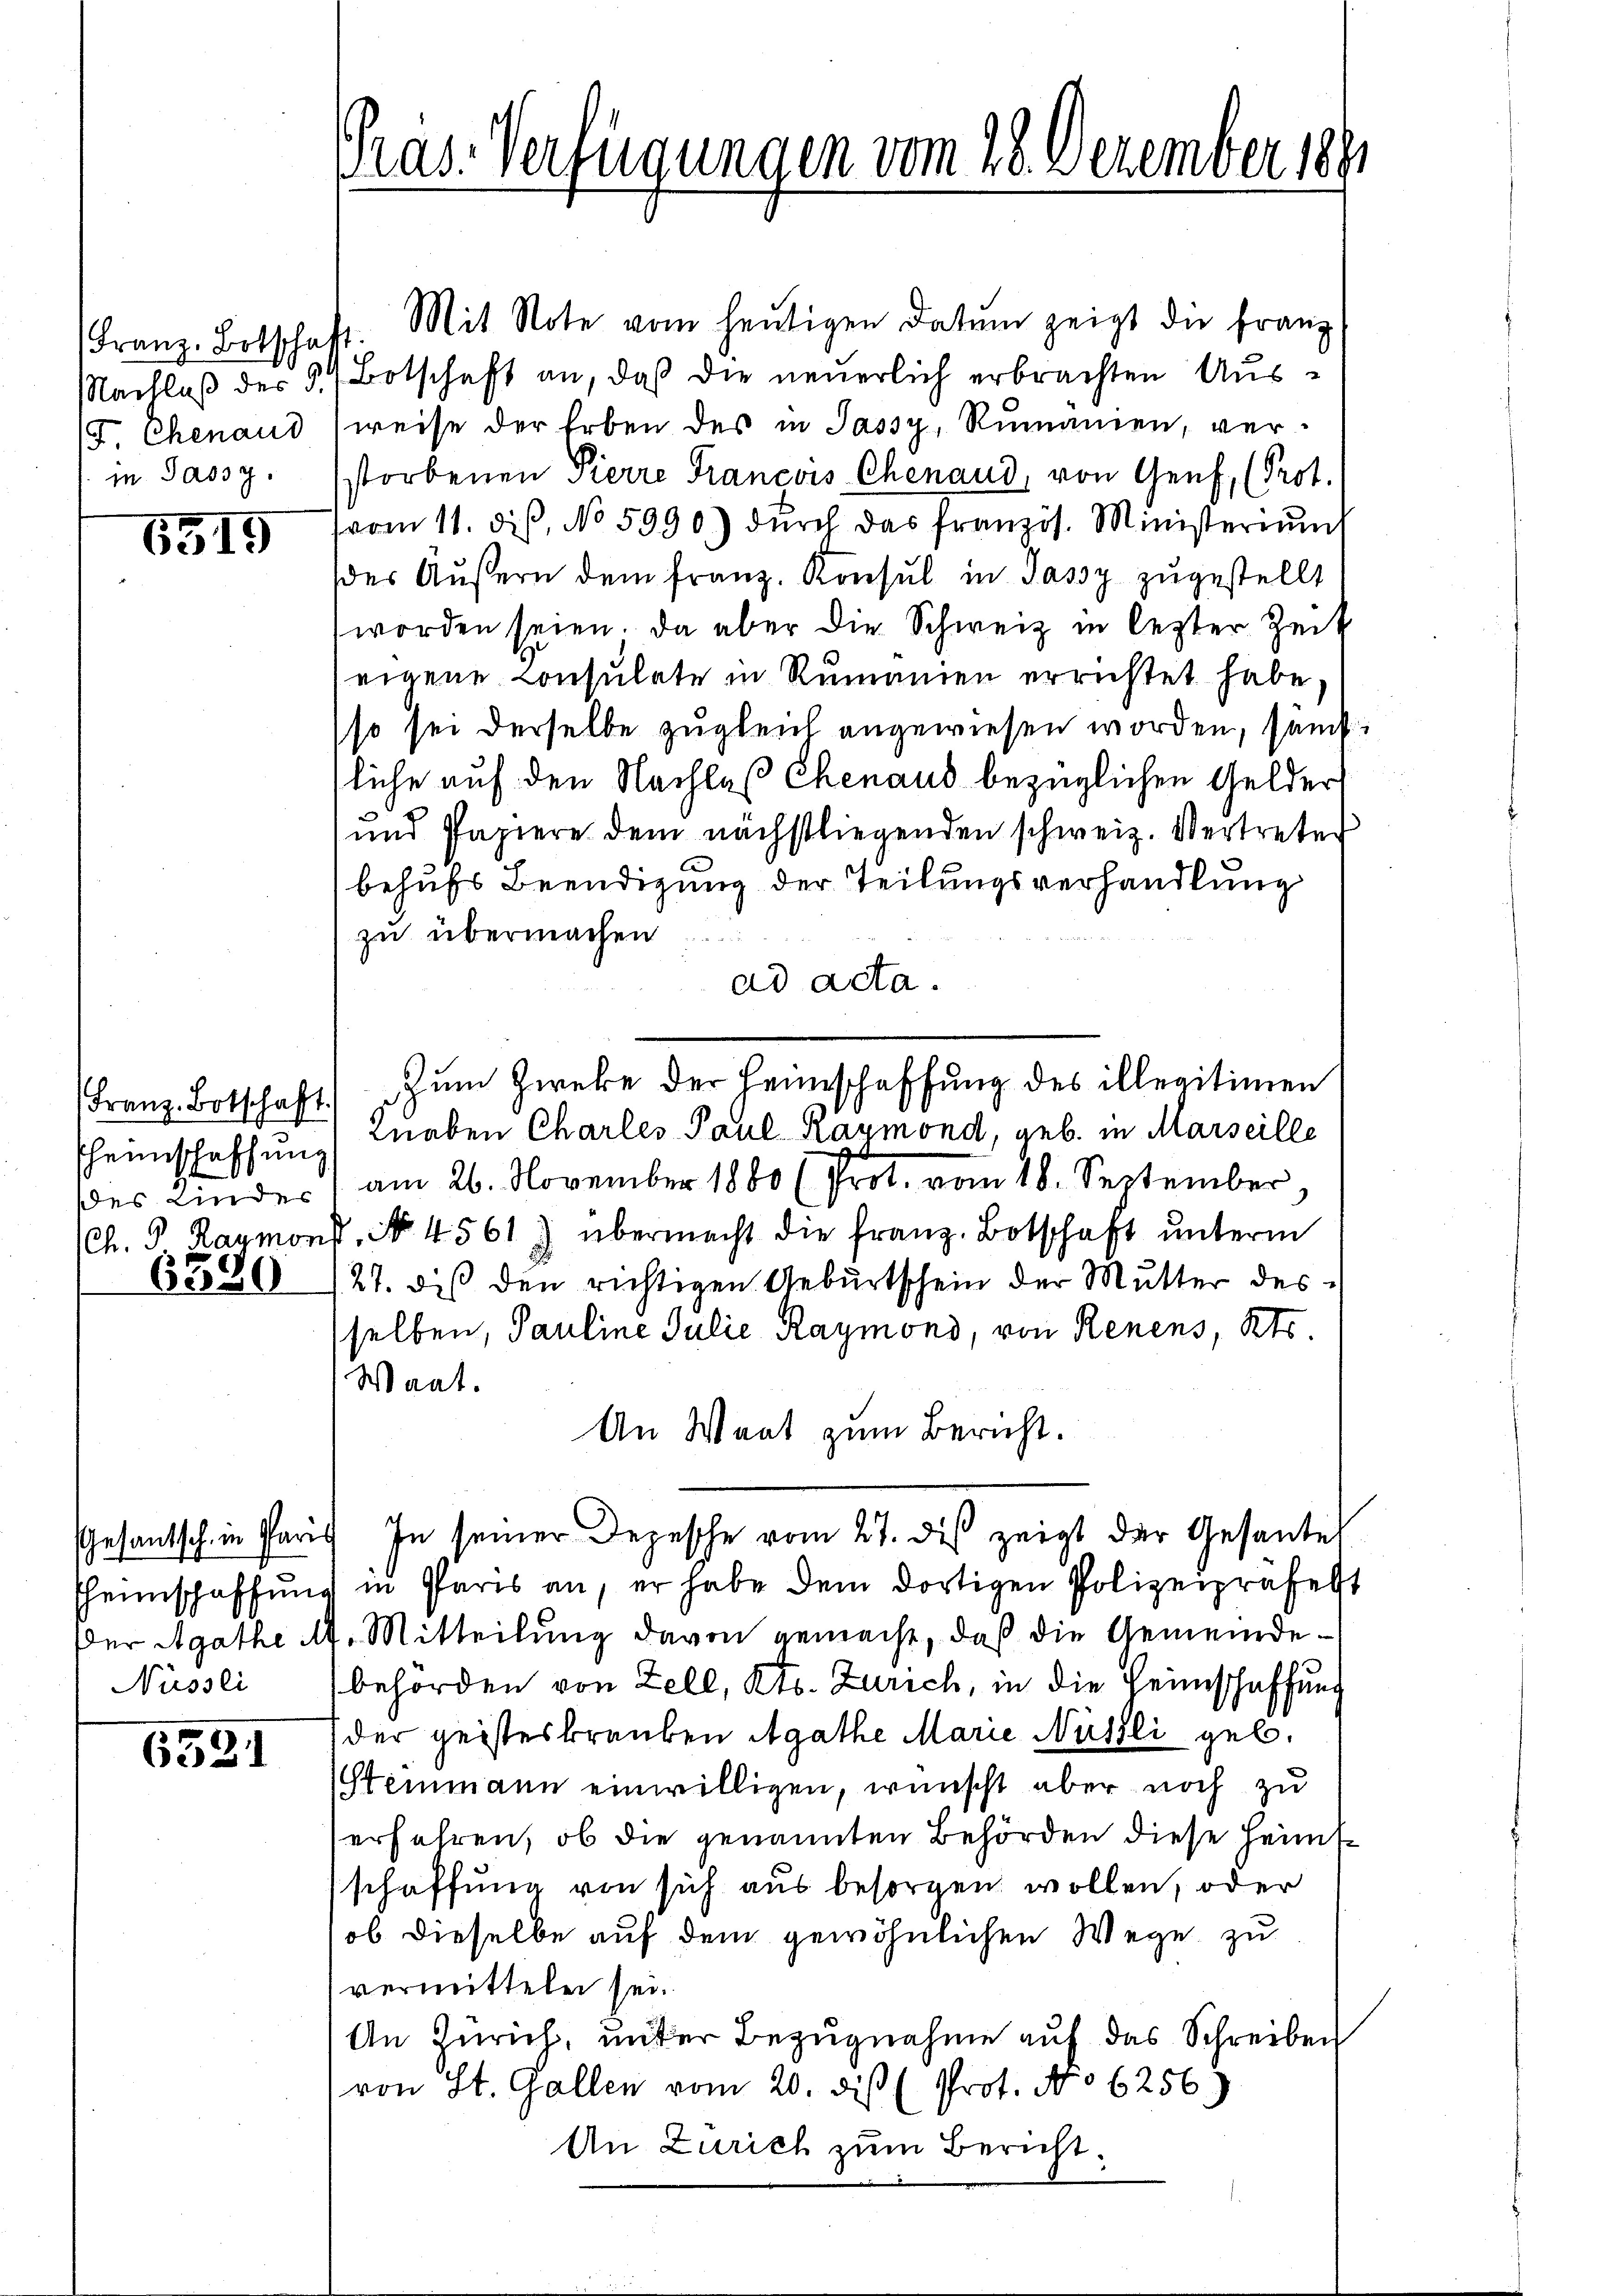
Franz Botschat
Nachlaß des 9.
F. Ehenaud
in Jassy.

6319

Franz Botschaft
Eheinschaffen.
des Kindes
(Ch. P Raymons

6390

Gesantsch. in Paris
heinschaffung
Der Agathe A
Nüssli

6531

Pras-Verfügungen vom 28. Dezember 1891

p. Mit Note vom heutigen Datum zeigt die franz
Botschaft an, daß die neuerlich erbrachten Ausweise der Erben des in Jassy, Rumanien, verstorbenen Pierre François Chenaud, von Genf, (Prot.
vom 11. dis, No 5990) dŭrch das französ. Ministernŭnt
der Äußern dem franz. Konsul in Jassy zugestellt
worden seien. Da aber die Schweiz in lezter Zeit
eigene Consulate in Rumanien errichtet habe,
so sei derselbe zugleich angewiesen worden, sämtliche auf den Nachlaß Chenaus bezüglichen Gelder
und Papiere dem nächstliegenden schweiz. Vertreter
behufs Beendigung der Teilungsverhandlung
zu übermachen
ad acta.
Zum Zweke der Heimschaffung des illegitimen
Knaben Charles Paul Raymond, geb. in Marseille
am 26. November 1860 (Prot. vom 18. September
8. No. 4561) übermacht die franz Botschaft unterm
27. des den richtigen Geburtschein der Mutter des
selben, Pauline Julie Raymond, von Renens, Kts.
Waat.
An Wart zum Bericht.
In seiner Depesche vom 27. des zeigt der Gesandel
in Paris an, er habe dem dortigen Polizeipräsent
Mitteilung davon gemacht, daß die Gemeindebehörden von Zell, Kts. Zürich, in die Heimschaffung
der geisteskrauben Agathe Marie Nüsli geb.
Stemmann einwilligen, wünscht aber noch zu
erfahren, ob die genannten Behörden diese Heims
schaffung von sich aus besorgen wollen, oder
ob dieselbe auf dem gewöhnlichen Wege zu
vermitteln sei.
An Zürich, unter Bezugnahme auf das Schreiben
von St. Gallen vom 20. diß (Prot. No 6256.)
An Zürich zum Bericht.